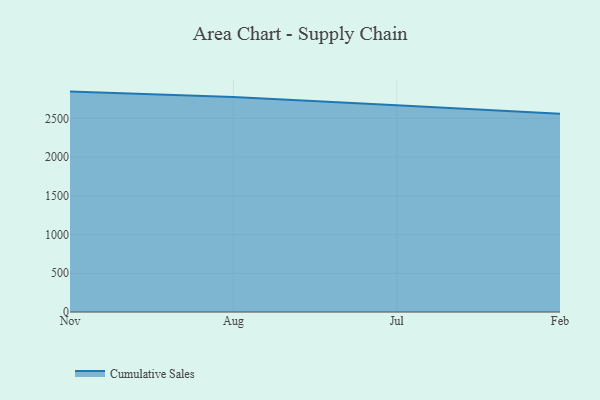
{"axis": {"x": "Month", "y": "Demand Index"}, "legend": ["Cumulative Sales"], "data": [{"x": "Nov", "y": 2846.0, "type": "Cumulative Sales"}, {"x": "Aug", "y": 2775.1, "type": "Cumulative Sales"}, {"x": "Jul", "y": 2668.9, "type": "Cumulative Sales"}, {"x": "Feb", "y": 2560.2, "type": "Cumulative Sales"}]}